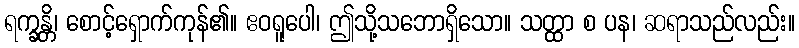
ရက္ခန္တိ၊ စောင့်ရှောက်ကုန်၏။ ဧဝရူပေါ၊ ဤသို့သဘောရှိသော။ သတ္ထာ စ ပန၊ ဆရာသည်လည်း။